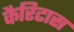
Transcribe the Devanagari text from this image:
कैरिटास